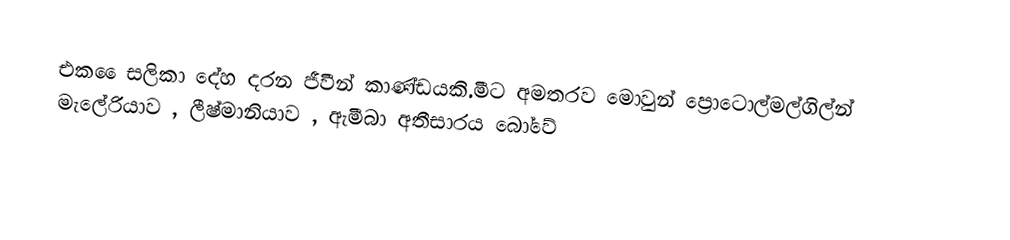
එක ෛසලිකා දේහ දරන ජීවීන් කාණ්ඩයකි.මීට අමතරව මොවුන් ප්‍රොටොල්මල්ගිල්න් මැලේරියාව , ලීෂ්මානියාව , ඇමීබා අතීසාරය බෝවේ